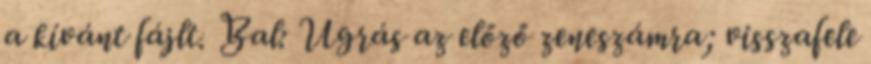
a kívánt fájlt. Bal: Ugrás az előző zeneszámra; visszafele